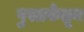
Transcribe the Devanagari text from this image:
पुस्तकेतून